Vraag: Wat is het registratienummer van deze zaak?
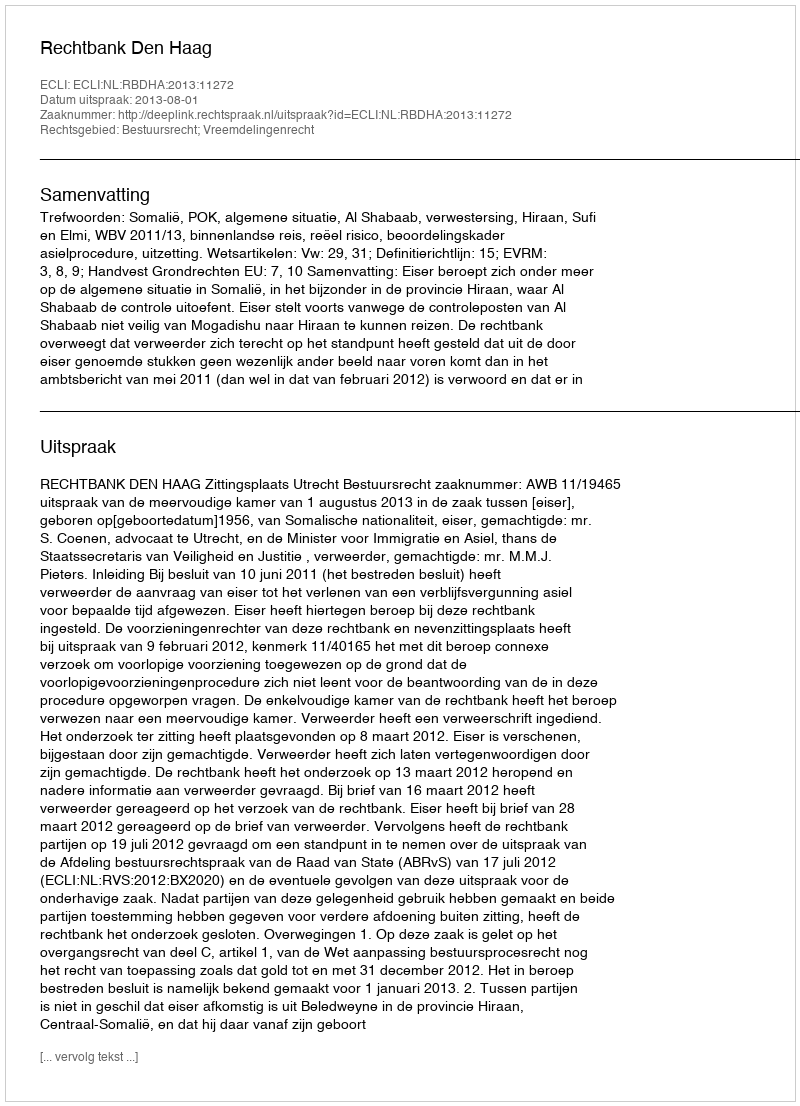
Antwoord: http://deeplink.rechtspraak.nl/uitspraak?id=ECLI:NL:RBDHA:2013:11272